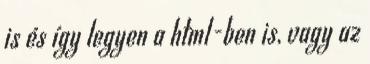
is és így legyen a html-ben is, vagy az